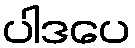
ပါဒပေ